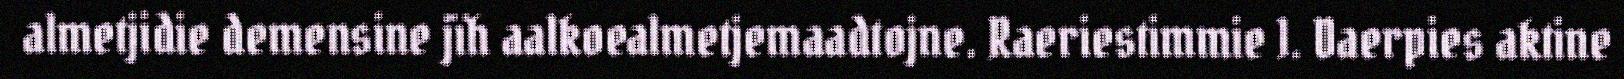
almetjidie demensine jïh aalkoealmetjemaadtojne. Raeriestimmie 1. Daerpies aktine